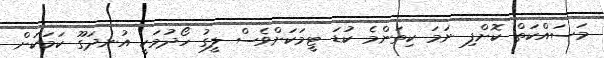
މަސައްކަތް ކޮށްފި ނަމަ ކިތަންމެ ކުޑަ ޓީމަކަށްވެސް ލީގު ހޯދުމަކީ އުނދަގޫ ކަމަކަށް